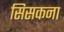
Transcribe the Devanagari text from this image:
सिसकना